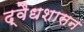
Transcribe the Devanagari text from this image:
द्वैधशासन